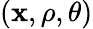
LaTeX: (\mathbf{x},\rho,\theta)